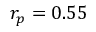
r _ { p } = 0 . 5 5